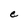
Character: e